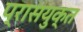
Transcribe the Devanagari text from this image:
प्रासयुक्त